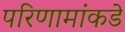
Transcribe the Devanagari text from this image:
परिणामांकडे